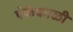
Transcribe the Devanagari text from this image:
ऐकेकाळी